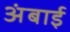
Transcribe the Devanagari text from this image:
अंबाई